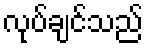
လုပ်ချင်သည်